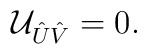
{\cal U}_{\hat{U}\hat{V}}=0.